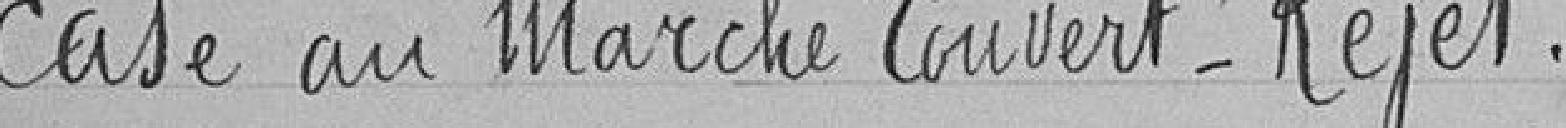
case au marché couvert. Rejet